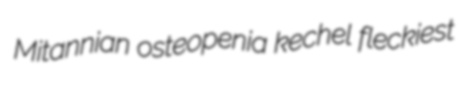
Mitannian osteopenia kechel fleckiest